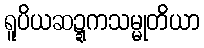
ရူပိယဆဍ္ဍကသမ္မုတိယာ